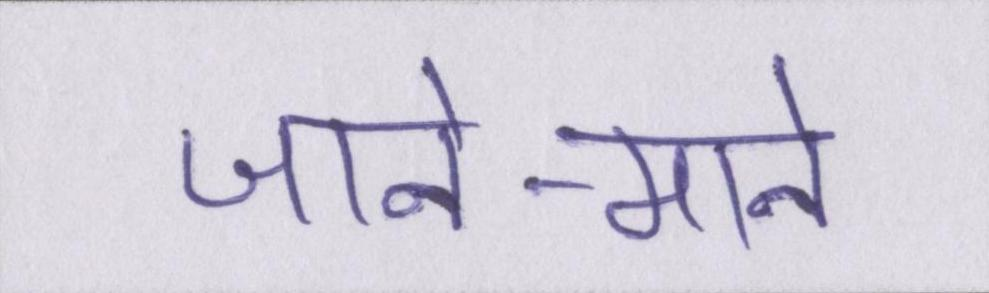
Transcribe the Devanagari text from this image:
जाने-माने